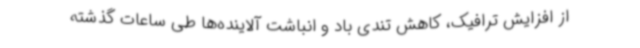
از افزایش ترافیک، کاهش تندی باد و انباشت آلاینده‌ها طی ساعات گذشته